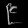
Digit: ၉